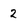
Character: 2